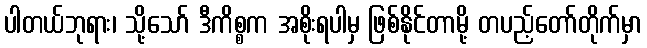
ပါတယ်ဘုရား၊ သို့သော် ဒီကိစ္စက အစိုးရပါမှ ဖြစ်နိုင်တာမို့ တပည့်တော်တိုက်မှာ